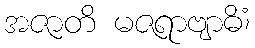
အဇာတိ မဇရာဗျာဓိံ၊